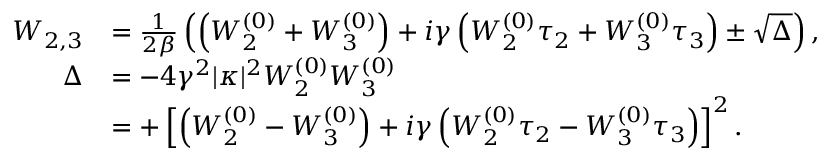
\begin{array} { r l } { W _ { 2 , 3 } } & { = \frac { 1 } { 2 \beta } \left( \left( W _ { 2 } ^ { ( 0 ) } + W _ { 3 } ^ { ( 0 ) } \right) + i \gamma \left( W _ { 2 } ^ { ( 0 ) } \tau _ { 2 } + W _ { 3 } ^ { ( 0 ) } \tau _ { 3 } \right) \pm \sqrt { \Delta } \right) , } \\ { \Delta } & { = - 4 \gamma ^ { 2 } | \kappa | ^ { 2 } W _ { 2 } ^ { ( 0 ) } W _ { 3 } ^ { ( 0 ) } } \\ & { = + \left[ \left( W _ { 2 } ^ { ( 0 ) } - W _ { 3 } ^ { ( 0 ) } \right) + i \gamma \left( W _ { 2 } ^ { ( 0 ) } \tau _ { 2 } - W _ { 3 } ^ { ( 0 ) } \tau _ { 3 } \right) \right] ^ { 2 } . } \end{array}